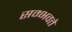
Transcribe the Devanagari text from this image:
सम्भवते